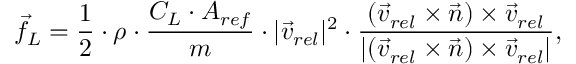
\vec { f } _ { L } = \frac { 1 } { 2 } \cdot \rho \cdot \frac { C _ { L } \cdot A _ { r e f } } { m } \cdot | \vec { v } _ { r e l } | ^ { 2 } \cdot \frac { ( \vec { v } _ { r e l } \times \vec { n } ) \times \vec { v } _ { r e l } } { | ( \vec { v } _ { r e l } \times \vec { n } ) \times \vec { v } _ { r e l } | } ,